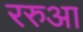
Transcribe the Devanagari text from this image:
ररुआ